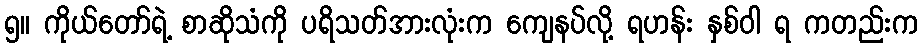
၅။ ကိုယ်တော်ရဲ့ စာဆိုသံကို ပရိသတ်အားလုံးက ကျေနပ်လို့ ရဟန်း နှစ်ဝါ ရ ကတည်းက